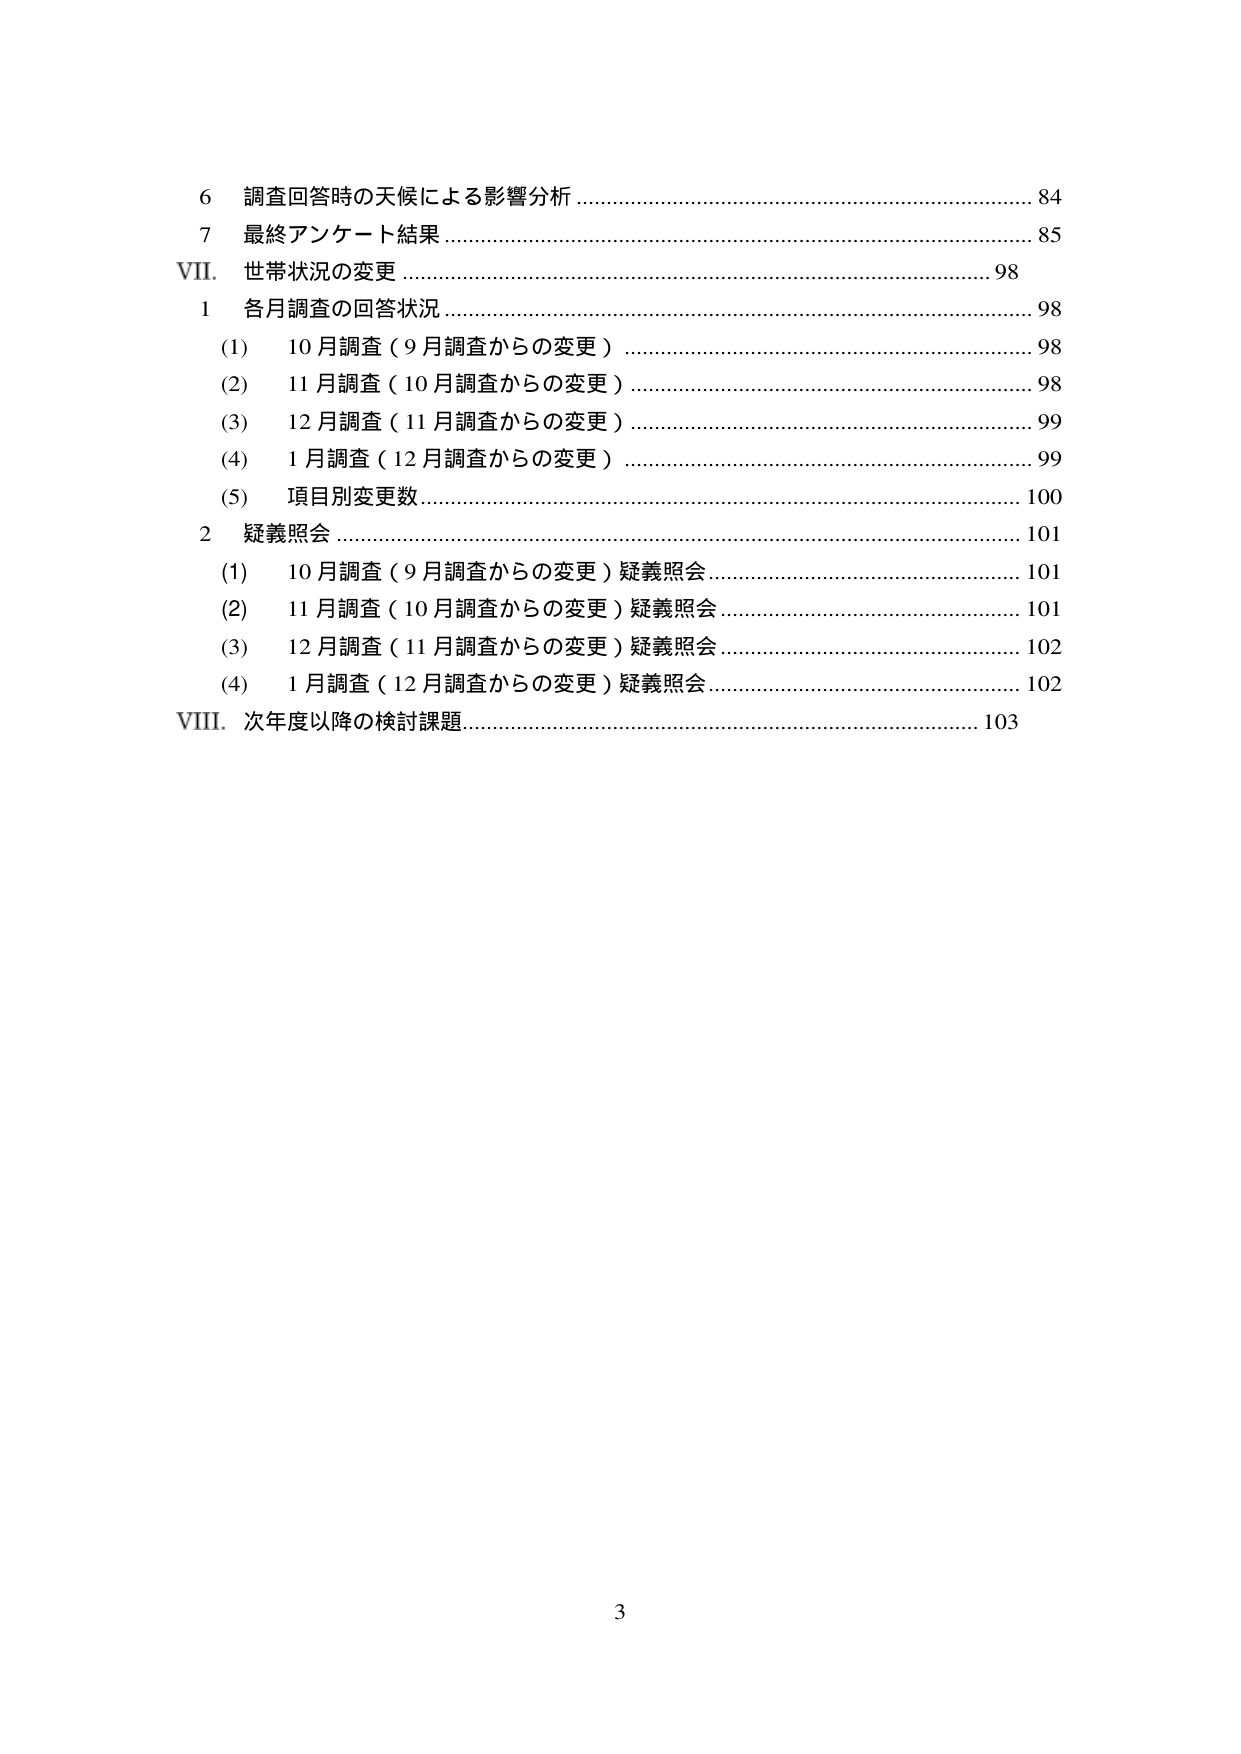
6 調査回答時の天候による影響分析 ……………………………………………………………… 84
7 最終アンケート結果 ……………………………………………………………………………… 85
VII. 世帯状況の変更 ……………………………………………………………………………… 98
　1 各月調査の回答状況 ………………………………………………………………………… 98
　　(1) 10月調査（9月調査からの変更） ……………………………………………………… 98
　　(2) 11月調査（10月調査からの変更） …………………………………………………… 98
　　(3) 12月調査（11月調査からの変更） …………………………………………………… 99
　　(4) 1月調査（12月調査からの変更） ……………………………………………………… 99
　　(5) 項目別変更数 …………………………………………………………………………… 100
　2 疑義照会 ……………………………………………………………………………………… 101
　　(1) 10月調査（9月調査からの変更）疑義照会 ………………………………………… 101
　　(2) 11月調査（10月調査からの変更）疑義照会 ……………………………………… 101
　　(3) 12月調査（11月調査からの変更）疑義照会 ……………………………………… 102
　　(4) 1月調査（12月調査からの変更）疑義照会 ………………………………………… 102
VIII. 次年度以降の検討課題 …………………………………………………………………… 103

3